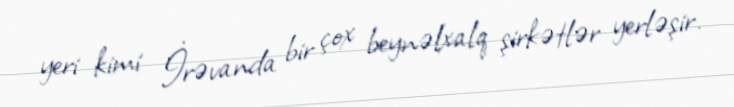
yeri kimi İrəvanda bir çox beynəlxalq şirkətlər yerləşir.